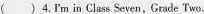
( )4. I'm in Class Seven, Grade Two.